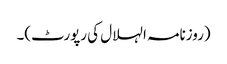
(روزنامہ الہلال کی رپورٹ)۔